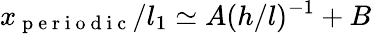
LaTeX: x_{\mathrm{~p~e~r~i~o~d~i~c~}}/l_{1}\simeq A(h/l)^{-1}+B